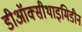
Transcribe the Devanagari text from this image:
डीऑक्सीथाइमिडीन